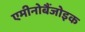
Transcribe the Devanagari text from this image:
एमीनोबैंजोइक